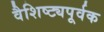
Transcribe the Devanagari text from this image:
वैशिष्ट्यपूर्वक